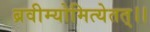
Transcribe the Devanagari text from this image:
ब्रवीम्योमित्येतत्।।